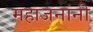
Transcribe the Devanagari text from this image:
महाजनांनी